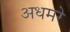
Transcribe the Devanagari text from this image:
अधमरे